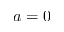
a = 0